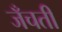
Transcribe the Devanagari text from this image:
जँचती